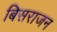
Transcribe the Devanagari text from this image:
बिसराजन